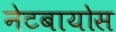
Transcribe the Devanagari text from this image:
नेटबायोस